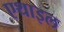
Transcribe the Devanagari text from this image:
एथाइल